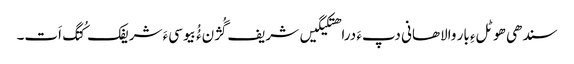
سندھی ھوٹلءِ بار والاھانی دپءَ دراھتکیگیں شریف گُژنءُُ بیوسیءَ شریفک کُتگ اَت۔